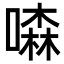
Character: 𠾣